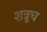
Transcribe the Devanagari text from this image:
शत्रूच